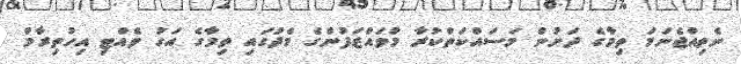
ނެތިއްޖެނަމަ ތިމާގެ ދަށުން މަސައްކަތްކުރާ މުވައްޒަފުންގެ މެދުގައި ތިމާގެ އަގު ވެއްޓި އިހުތިރާމް